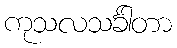
ကုသလသင်္ခါတာ